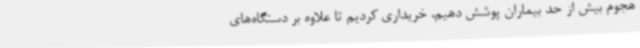
هجوم بیش از حد بیماران پوشش دهیم، خریداری کردیم تا علاوه بر دستگاه‌های